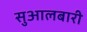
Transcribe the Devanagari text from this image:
सुआलबारी